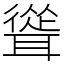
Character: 聳